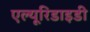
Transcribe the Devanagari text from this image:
एल्यूरिडाइडी